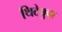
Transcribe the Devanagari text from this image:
थिटेबुवा